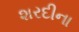
શરદીના